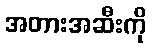
အတားအဆီးကို